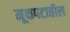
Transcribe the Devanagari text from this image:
मूकपटातील